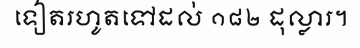
ទៀតរហូតទៅដល់ ១៨២ ដុល្លារ។